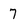
Character: 7